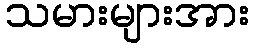
သမားများအား